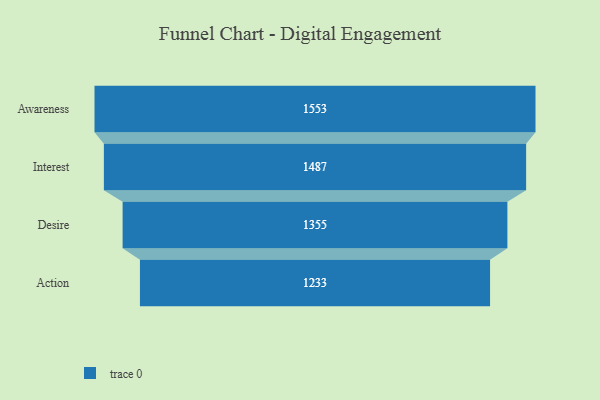
{"axis": {"x": "Stage", "y": "Value"}, "legend": [""], "data": [{"x": "Awareness", "y": 1553.0, "type": ""}, {"x": "Interest", "y": 1487.0, "type": ""}, {"x": "Desire", "y": 1355.0, "type": ""}, {"x": "Action", "y": 1233.0, "type": ""}]}